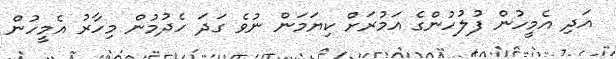
އަދި އެމީހުން ފުލުހުންގެ އަމުރަށް ކިޔަމަން ނުވެ ގަދަ ހެދުމުން މިހާރު އެމީހުން